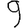
Digit: 9